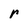
Character: r